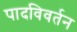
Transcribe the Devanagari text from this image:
पादविवर्तन